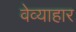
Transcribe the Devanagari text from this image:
वेव्याहार